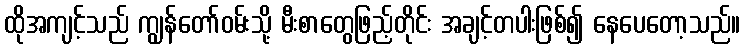
ထိုအကျင့်သည် ကျွန်တော်ဝမ်းသို့ မီးစာတွေဖြည့်တိုင်း အချင့်တပါးဖြစ်၍ နေပေတော့သည်။